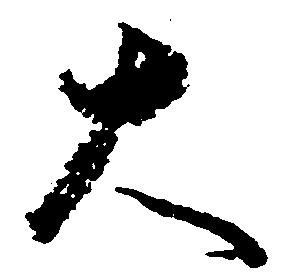
大